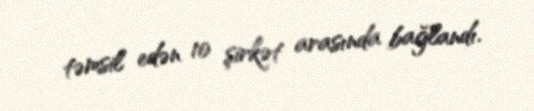
təmsil edən 10 şirkət arasında bağlandı.